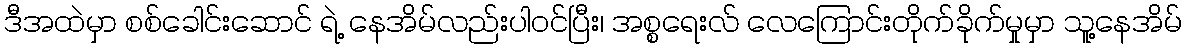
ဒီအထဲမှာ စစ်ခေါင်းဆောင် ရဲ့ နေအိမ်လည်းပါဝင်ပြီး၊ အစ္စရေးလ် လေကြောင်းတိုက်ခိုက်မှုမှာ သူ့နေအိမ်